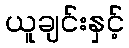
ယူချင်းနှင့်